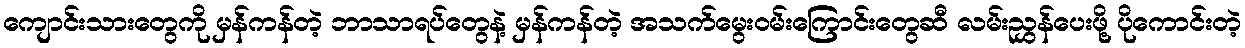
ကျောင်းသားတွေကို မှန်ကန်တဲ့ ဘာသာရပ်တွေနဲ့ မှန်ကန်တဲ့ အသက်မွေးဝမ်းကြောင်းတွေဆီ လမ်းညွှန်ပေးဖို့ ပိုကောင်းတဲ့